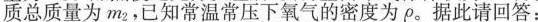
质总质量为m_{2}。已知常温常压下氧气的密度为ρ_{0}。据此请回答：